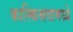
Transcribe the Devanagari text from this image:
कास्किश्रवामध्ये